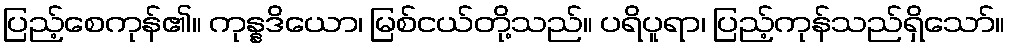
ပြည့်စေကုန်၏။ ကုန္နဒိယော၊ မြစ်ငယ်တို့သည်။ ပရိပူရာ၊ ပြည့်ကုန်သည်ရှိသော်။